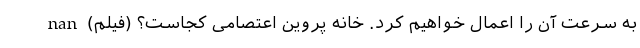
به سرعت آن را اعمال خواهیم کرد. خانه پروین اعتصامی کجاست؟ (فیلم) nan